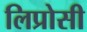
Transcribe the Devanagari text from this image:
लिप्रोसी